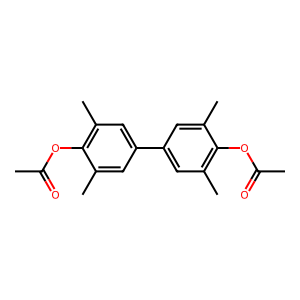
SMILES: CC(=O)Oc1c(C)cc(-c2cc(C)c(OC(C)=O)c(C)c2)cc1C
Inhibits HIV replication: No